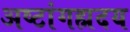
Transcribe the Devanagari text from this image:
अष्टांगह्मदय